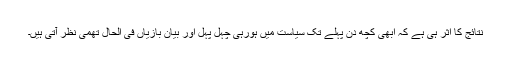
نتائج کا اثر ہی ہے کہ ابھی کچھ دن پہلے تک سیاست میں ہورہی چہل پہل اور بیان بازیاں فی الحال تھمی نظر آتی ہیں۔